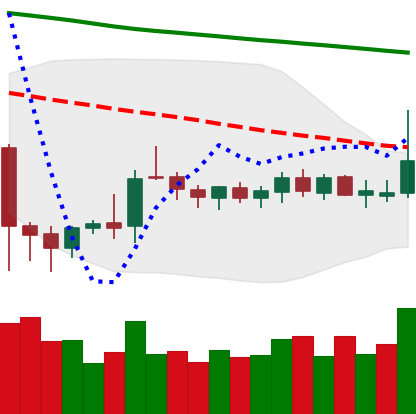
Ticker: DOGE-USD
Chart end date: 2019-10-13
Forward return: 10.584%
Label: up_7plus